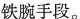
铁腕手段。